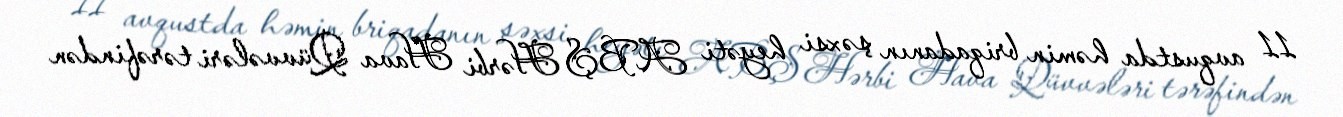
11 avqustda həmin briqadanın şəxsi heyəti ABŞ Hərbi Hava Qüvvələri tərəfindən